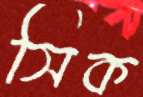
সিক